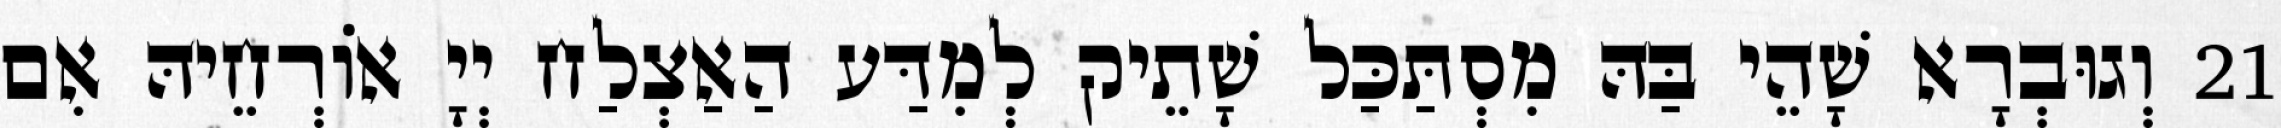
21 וְגוּבְרָא שָׁהֵי בַּהּ מִסְתַּכַּל שָׁתֵיק לְמִדַּע הַאַצְלַח יְיָ אוֹרְחֵיהּ אִם